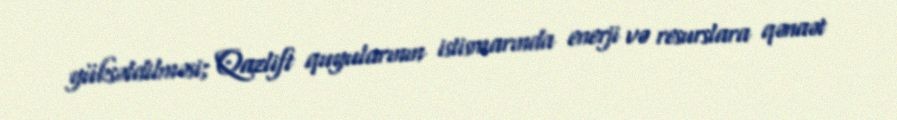
yüksəldilməsi; Qazlift quyularının istismarında enerji və resurslara qənaət